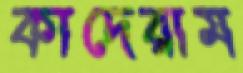
কাদেরাম